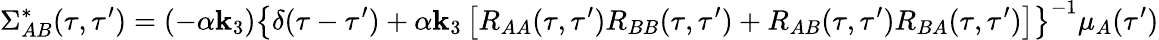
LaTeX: {}\Sigma_{AB}^{*}(\tau,\tau^{\prime})=(-\alpha\mathbf{k}_{3})\left\{ \delta(\tau-\tau^{\prime})+\alpha\mathbf{k}_{3}\left[R_{AA}(\tau,\tau^{\prime})R_{BB}(\tau,\tau^{\prime})+R_{AB}(\tau,\tau^{\prime})R_{BA}(\tau,\tau^{\prime})\right]\right\} ^{-1}\mu_{A}(\tau^{\prime})